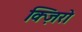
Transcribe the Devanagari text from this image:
क्ज़िरो